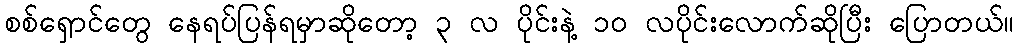
စစ်ရှောင်တွေ နေရပ်ပြန်ရမှာဆိုတော့ ၃ လ ပိုင်းနဲ့ ၁၀ လပိုင်းလောက်ဆိုပြီး ပြောတယ်။